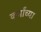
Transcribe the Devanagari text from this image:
कर्मांच्या